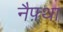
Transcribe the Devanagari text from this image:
नैफ़्था